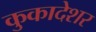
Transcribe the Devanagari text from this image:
कुकादेशर